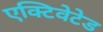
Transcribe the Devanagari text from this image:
एक्टिवेटेड